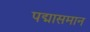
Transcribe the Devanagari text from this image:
पद्मासमान